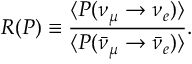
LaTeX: R ( P ) \equiv \frac { \langle P ( \nu _ { \mu } \to \nu _ { e } ) \rangle } { \langle P ( \bar { \nu } _ { \mu } \to \bar { \nu } _ { e } ) \rangle } .